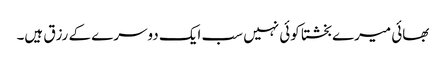
بھائی میرے بخشتا کوئی نہیں سب ایک دوسرے کے رزق ہیں۔